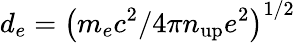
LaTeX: d_{e}=\left(m_{e}c^{2}/4\pi n_{\mathrm{up}}e^{2}\right)^{1/2}